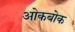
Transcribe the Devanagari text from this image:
ओकबोक